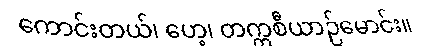
ကောင်းတယ်၊ ဟေ့၊ တက္ကစီယာဉ်မောင်း။